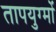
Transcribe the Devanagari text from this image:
तापयुग्मों